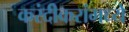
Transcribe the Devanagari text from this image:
करंदीकरांमध्ये